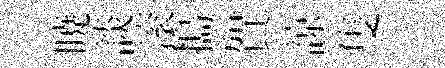
暁談滚搗賀諒隻